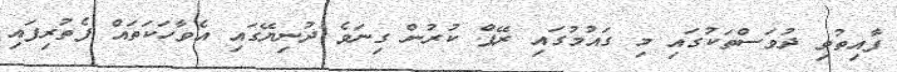
ފާއިތުވި ދުވަސްތަކުގައި މި ގައުމުގައި ރޭޕް ކުރުން ގިނަވެ ދުނިޔޭގައި އެވާހަކަތައް ފެތުރިފައި